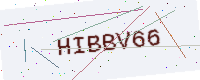
Text: HIBBV66